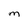
Character: m